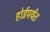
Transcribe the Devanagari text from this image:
होईपर्यत